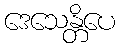
ဒေသေန္တိပေ